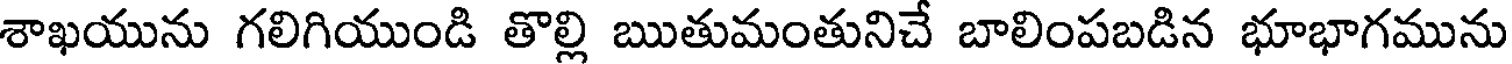
శాఖయును గలిగియుండి తొల్లి ఋతుమంతునిచే బాలింపబడిన భూభాగమును